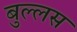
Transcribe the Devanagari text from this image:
बुल्लस